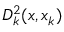
D _ { k } ^ { 2 } ( x , x _ { k } )